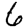
Digit: 6